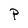
Character: P